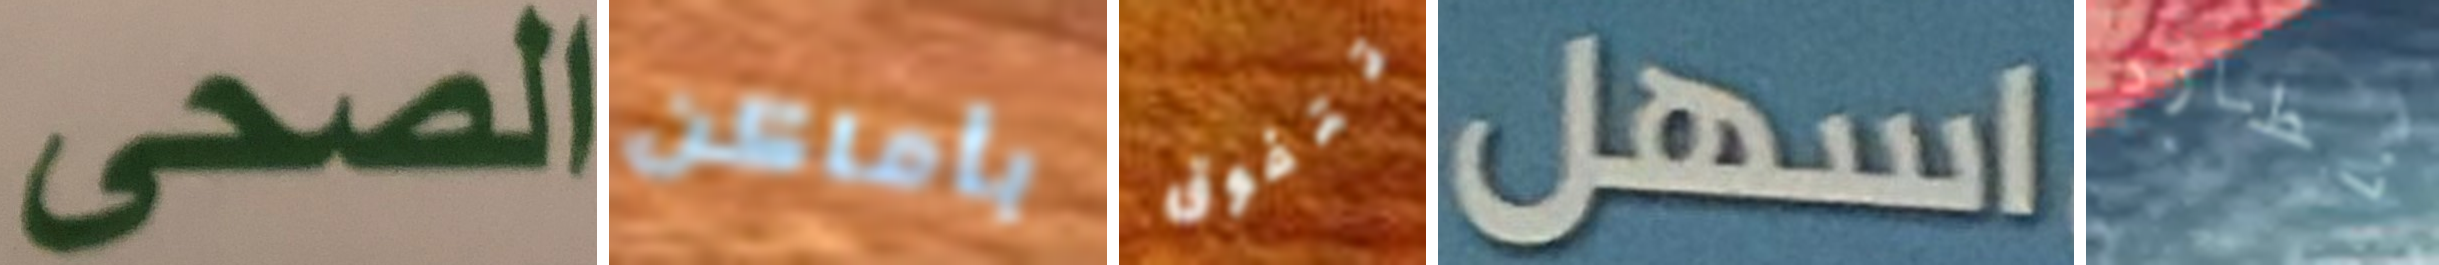
الصحى بأماكن تتفوق اسهل نطارد